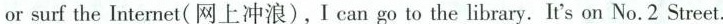
or surf the Internet(网上冲浪),I can go to the library. It's on No.2 Street.